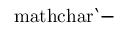
\mathrm { \ m a t h c h a r ` - }